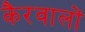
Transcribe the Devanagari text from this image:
कैरवालों